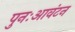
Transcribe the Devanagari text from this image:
पुनःआवंटन